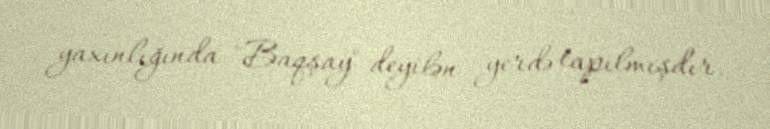
yaxınlığında "Baqşay" deyilən yerdə tapılmışdır.